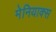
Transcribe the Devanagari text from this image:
मेनियाक्स